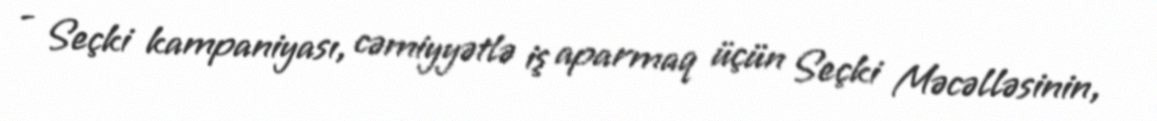
- Seçki kampaniyası, cəmiyyətlə iş aparmaq üçün Seçki Məcəlləsinin,